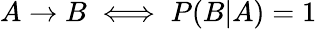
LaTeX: A\to B\iff P(B|A)=1